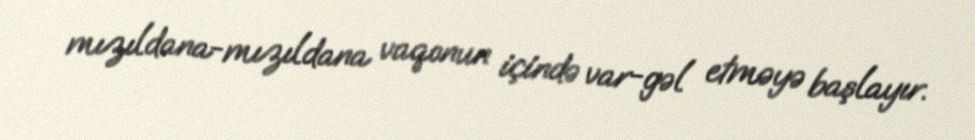
mızıldana-mızıldana vaqonun içində var-gəl etməyə başlayır.